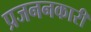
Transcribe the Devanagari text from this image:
प्रजननकारी